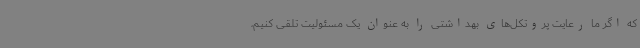
که اگر ما رعایت پروتکل‌های بهداشتی را به عنوان یک مسئولیت تلقی کنیم،